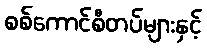
စစ်ကောင်စီတပ်များနှင့်